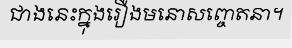
ជាងនេះក្នុងរឿងមនោសញ្ចេតនា។